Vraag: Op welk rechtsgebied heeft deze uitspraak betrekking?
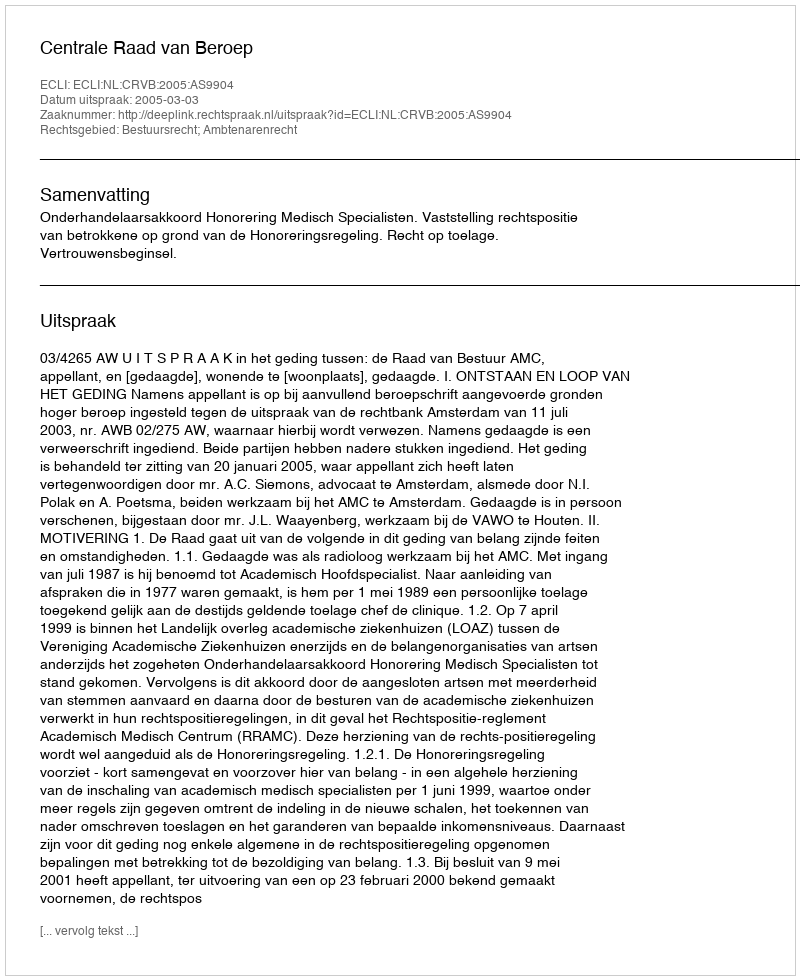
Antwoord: Bestuursrecht; Ambtenarenrecht